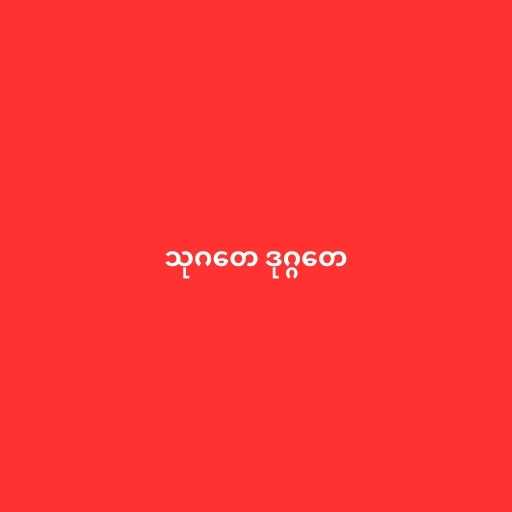
သုဂတေ ဒုဂ္ဂတေ